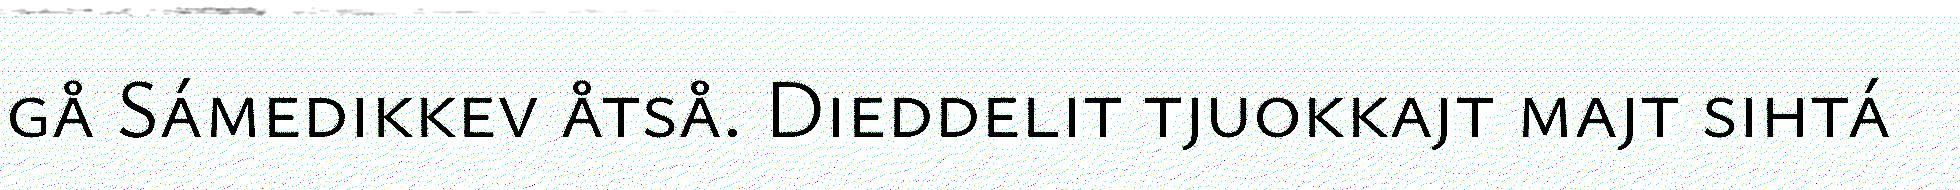
gå Sámedikkev åtså. Dieddelit tjuokkajt majt sihtá